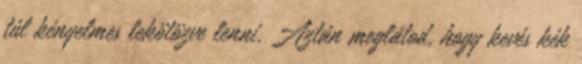
túl kényelmes lekötözve lenni. Aztán meglátod, hogy kevés kék